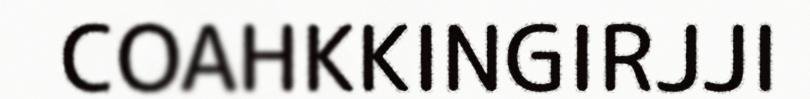
COAHKKINGIRJJI